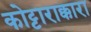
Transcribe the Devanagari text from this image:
कोट्टाराक्कारा